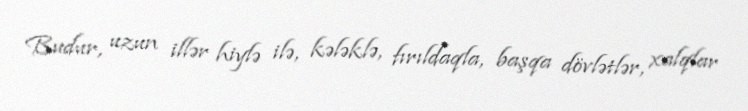
Budur, uzun illər hiylə ilə, kələklə, fırıldaqla, başqa dövlətlər, xalqlar